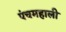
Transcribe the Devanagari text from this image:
पंचमहाली